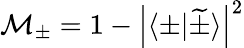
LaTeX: \mathcal{M}_{\pm}=1-\left|\langle\pm|\widetilde{\pm}\rangle\right|^{2}